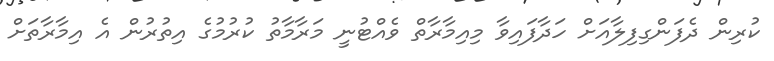
ކުރިން ދެފަންގިފިލާއަށް ހަދާފައިވާ މިއިމާރާތް ވެއްޓުނީ މަރާމާތު ކުރުމުގެ އިތުރުން އެ އިމާރާތަށް